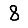
Digit: 8